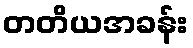
တတိယအခန်း